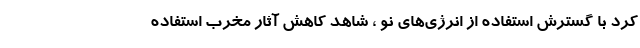
کرد با گسترش استفاده از انرژی‌های نو ، شاهد کاهش آثار مخرب استفاده